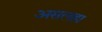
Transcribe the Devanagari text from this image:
असलहा